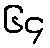
၆၄